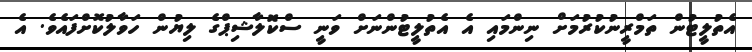
އެތުލީޓުން ތަމްރީނުކުރުމަށް ނިންމައި އެ އެތުލީޓުންނަށް ވަނީ ސްކޮލާޝިޕްގެ ލިޔުން ހަވާލުކޮށްފައެވެ. އެ